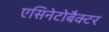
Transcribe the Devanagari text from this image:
एसिनेटोबैक्टर